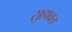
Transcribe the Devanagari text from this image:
सुहावत